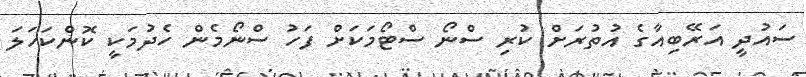
ސައުދީ އަރޭބިއާގެ އުތުރަށް ކުރި ސްނޯ ސްޓޯމަކަށް ފަހު ސްނޯމެން ހެދުމަކީ ކޮންކަހަލަ